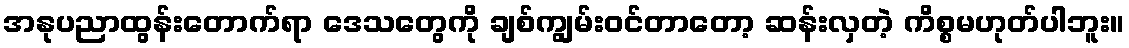
အနုပညာထွန်းတောက်ရာ ဒေသတွေကို ချစ်ကျွမ်းဝင်တာတော့ ဆန်းလှတဲ့ ကိစ္စမဟုတ်ပါဘူး။